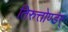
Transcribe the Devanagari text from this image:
तिरुत्तोण्डर्